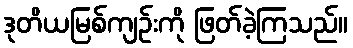
ဒုတိယမြစ်ကျဉ်းကို ဖြတ်ခဲ့ကြသည်။